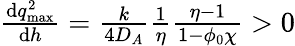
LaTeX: \begin{array}{r}{\frac{\mathrm{d}q_{\mathrm{max}}^{2}}{\mathrm{d}h}=\frac{k}{4D_{A}}\frac{1}{\eta}\frac{\eta-1}{1-\phi_{0}\chi}>0}\end{array}